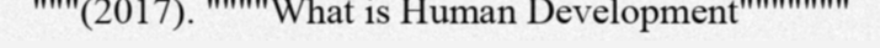
"""(2017). """"What is Human Development"""""""